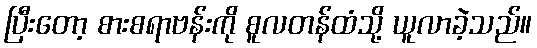
ပြီးတော့ စားစရာဗန်းကို စူလတန်ထံသို့ ယူလာခဲ့သည်။